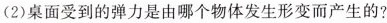
(2)桌面受到的弹力是由哪个物体发生形变而产生的?